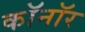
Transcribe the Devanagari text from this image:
कॉनॉर